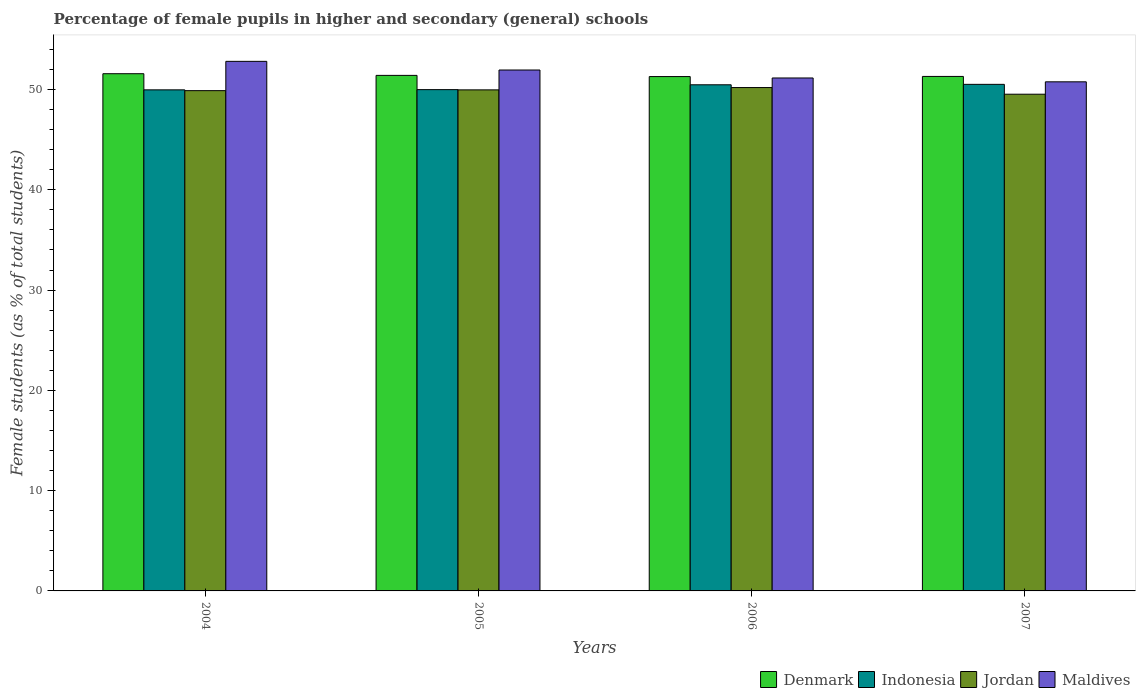
| Years | Denmark | Indonesia | Jordan | Maldives |
 | --- | --- | --- | --- | --- |
 | 2004 | 51.6 | 50 | 49.9 | 52.8 |
 | 2005 | 51.4 | 50 | 50 | 51.9 |
 | 2006 | 51.3 | 50.5 | 50.2 | 51.2 |
 | 2007 | 51.3 | 50.5 | 49.5 | 50.8 |